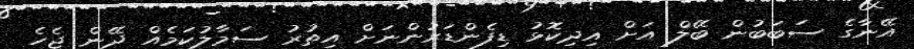
އޭނާގެ ސަބަބުން ބޭލް އަށް އިދިކޮޅު ޑިފެންޑަރުންނަށް އިތުރު ސަމާލުކަމެއް ދޭން ޖެހެ